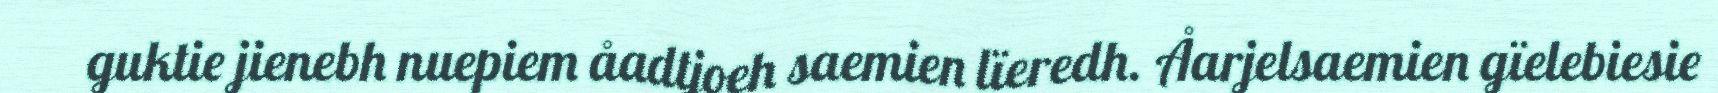
guktie jienebh nuepiem åadtjoeh saemien lïeredh. Åarjelsaemien gïelebiesie